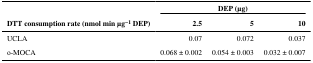
<table><thead><tr><td rowspan="2"><b>DTT consumption rate (nmol min μg<sup>−1</sup> DEP)</b></td><td colspan="3"><b>DEP (μg)</b></td></tr><tr><td><b>2.5</b></td><td><b>5</b></td><td><b>10</b></td></tr></thead><tbody><tr><td>UCLA</td><td>0.07</td><td>0.072</td><td>0.037</td></tr><tr><td>o-MOCA</td><td>0.068 ± 0.002</td><td>0.054 ± 0.003</td><td>0.032 ± 0.007</td></tr></tbody></table>